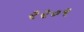
૨૨૦૧